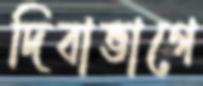
দিবাভাগে